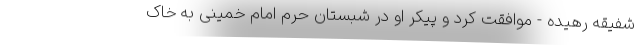
شفیقه رهیده - موافقت کرد و پیکر او در شبستان حرم امام خمینی به خاک